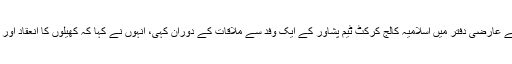
یہ بات انہوں نے پی آئی بی میں واقع اپنی جماعت کے عارضی دفتر میں اسلامیہ کالج کرکٹ ٹیم پشاور کے ایک وفد سے ملاقات کے دوران کہی، انہوں نے کہا کہ کھیلوں کا انعقاد اور ان میں حصہ لینا صحت مند زندگی کی ضمانت ہے۔